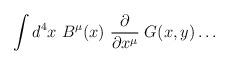
LaTeX: \begin{align*}\int d^4 x \ B^\mu(x) \ {\partial \over \partial x^\mu} \; G(x,y) \dots\end{align*}